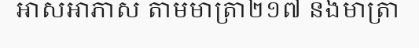
អាសអាភាស តាមមាត្រា២១៧ និងមាត្រា